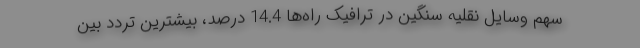
سهم وسایل نقلیه سنگین در ترافیک راه‌ها 14.4 درصد، بیشترین تردد بین